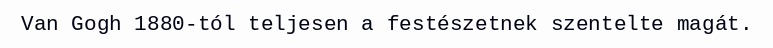
Van Gogh 1880-tól teljesen a festészetnek szentelte magát.